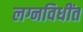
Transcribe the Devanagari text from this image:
लग्नविधींत